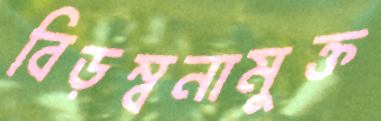
বিড়ম্বনামুক্ত